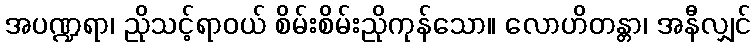
အပဏ္ဍရာ၊ ညိုသင့်ရာဝယ် စိမ်းစိမ်းညိုကုန်သော။ လောဟိတန္တာ၊ အနီလျှင်